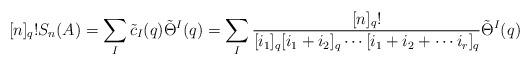
LaTeX: \begin{align*}[n]_q! S_n(A) = \sum_I\tilde c_I(q)\tilde \Theta^I(q)= \sum_I \frac{[n]_q!}{[i_1]_q[i_1+i_2]_q\cdots[i_1+i_2+\cdots i_r]_q}\tilde \Theta^I(q) \end{align*}